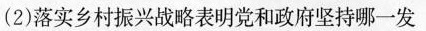
(2)落实乡村振兴战略表明党和政府坚持哪一发